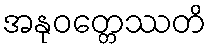
အနုဝတ္တေဿတိ